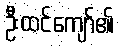
ဦးထင်ကျော်၏